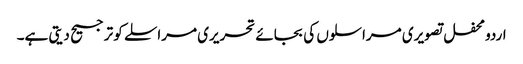
اردو محفل تصویری مراسلوں کی بجائے تحریری مراسلے کو ترجیح دیتی ہے۔